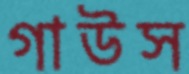
গাউস